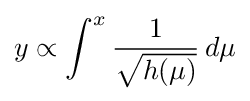
y\propto \int ^{x}{\frac {1}{\sqrt {h(\mu )}}}\,d\mu